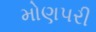
મોણપરી